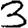
Digit: 3